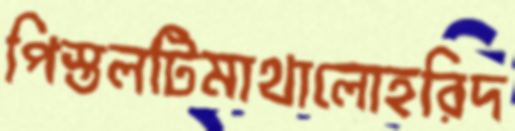
পিস্তলটিমাথালোহরিদ